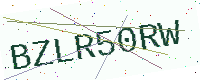
Text: BZLR50RW